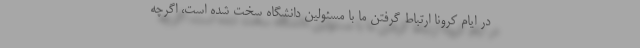
در ایام کرونا ارتباط گرفتن ما با مسئولین دانشگاه سخت شده است، اگرچه